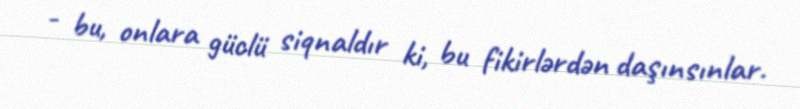
- bu, onlara güclü siqnaldır ki, bu fikirlərdən daşınsınlar.